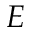
E